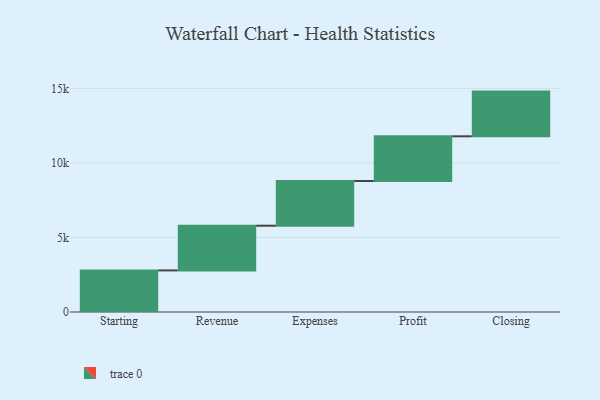
{"axis": {"x": "Step", "y": "Value"}, "legend": [""], "data": [{"x": "Starting", "y": 2791.0, "type": ""}, {"x": "Revenue", "y": 3000, "type": ""}, {"x": "Expenses", "y": 3000, "type": ""}, {"x": "Profit", "y": 3000, "type": ""}, {"x": "Closing", "y": 3000, "type": ""}]}